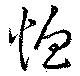
恤